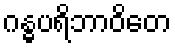
ဂန္ဓပရိဘာဝိတေ